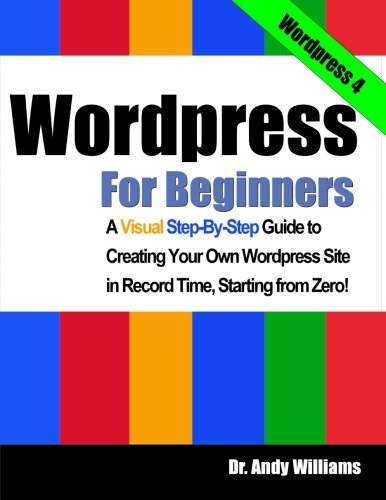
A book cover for Wordpress for Beginners: A Visual Step-by-Step Guide to Creating your Own Wordpress Site in Record Time, Starting from Zero!; Dr. Andy Williams; Computers & Technology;